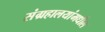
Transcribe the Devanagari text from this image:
संग्रहालयांमधील